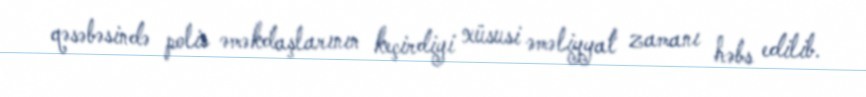
qəsəbəsində polis əməkdaşlarının keçirdiyi xüsusi əməliyyat zamanı həbs edilib.